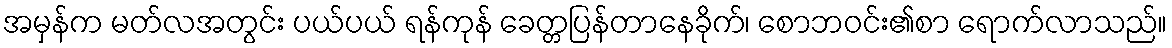
အမှန်က မတ်လအတွင်း ပယ်ပယ် ရန်ကုန် ခေတ္တပြန်တာနေခိုက်၊ စောဘဝင်း၏စာ ရောက်လာသည်။